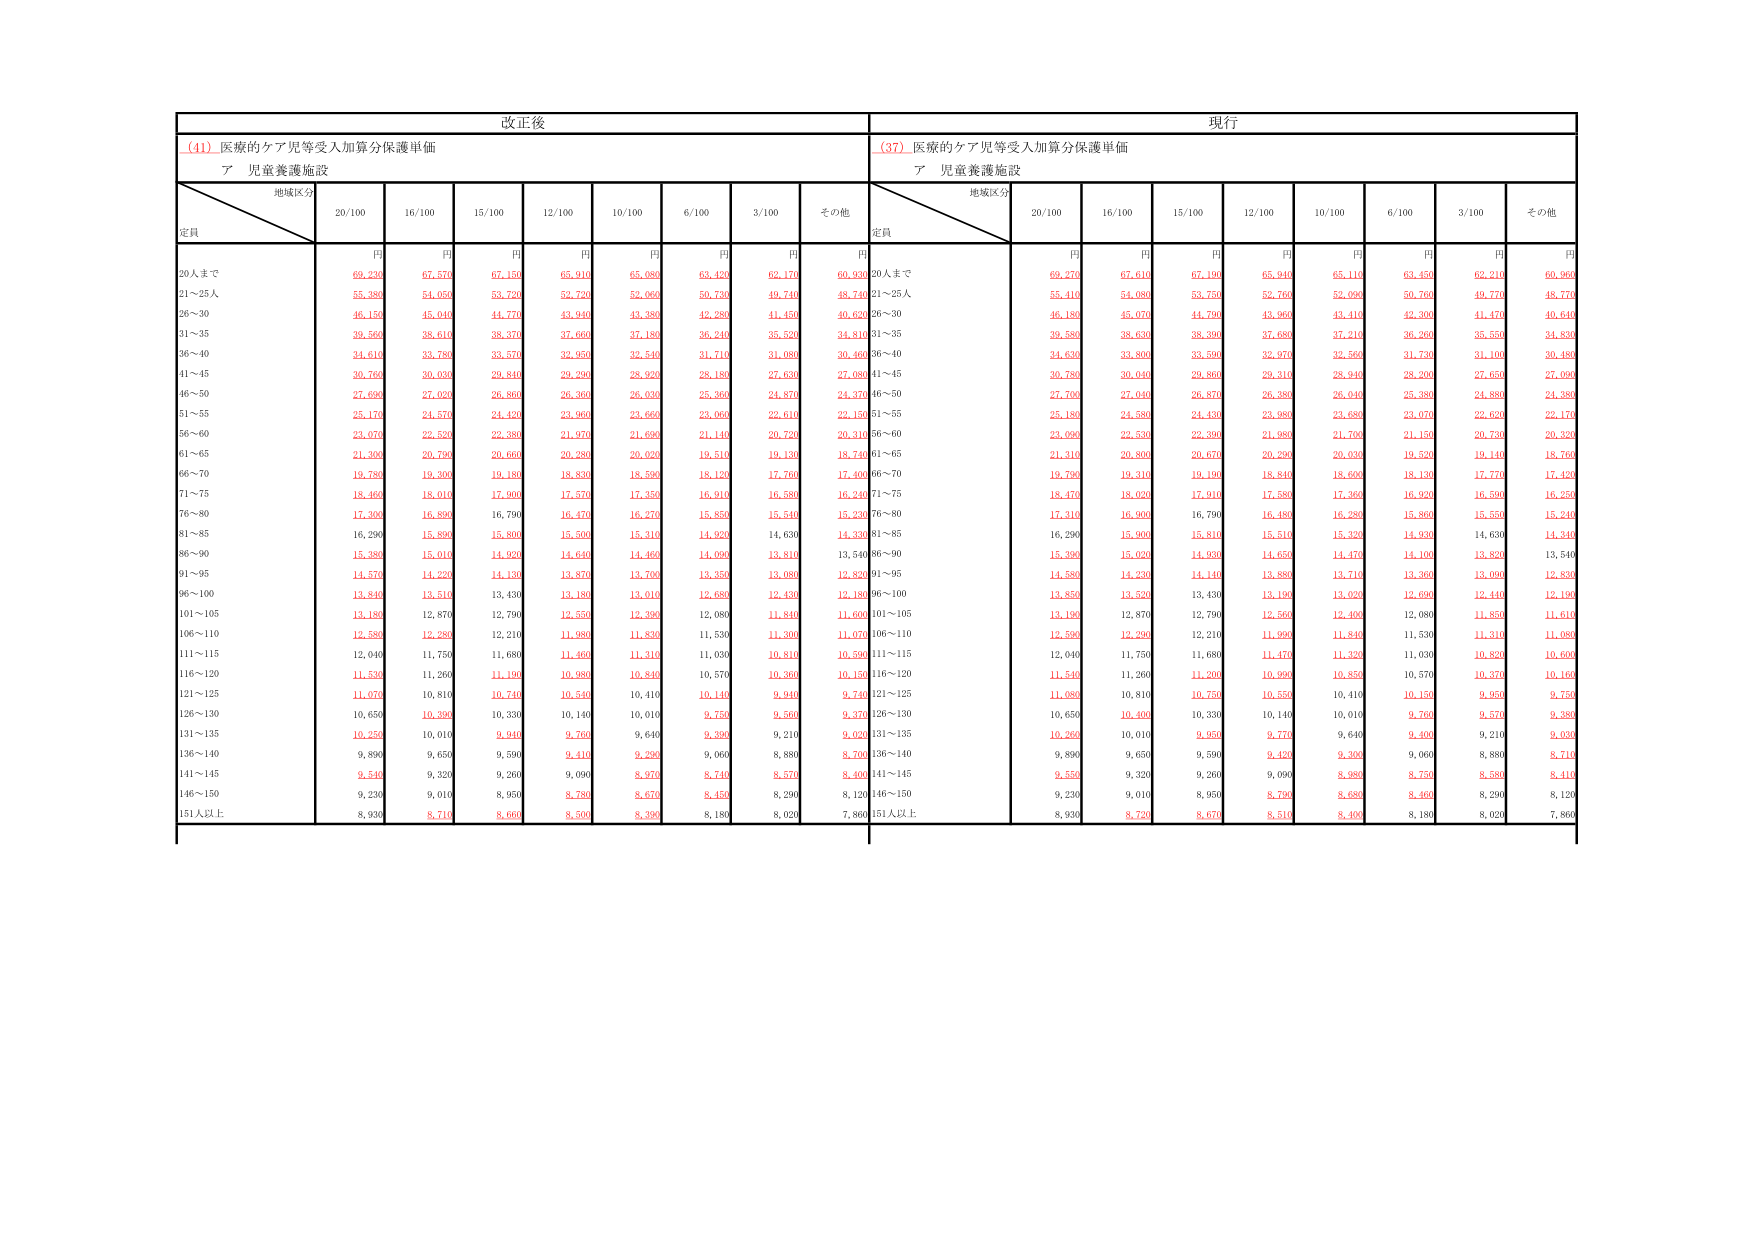
改正後
(41) 医療的ケア児等受入加算分保護単価
ア 児童養護施設
地域区分
定員
20/100
16/100
15/100
12/100
10/100
6/100
3/100
その他
円
円
円
円
円
円
円
円
20人まで
69,230
67,570
67,150
65,910
65,080
63,420
62,170
60,920
21～25人
55,380
54,050
53,720
52,720
52,060
50,730
49,740
48,740
26～30
46,150
45,040
44,770
43,940
43,380
42,280
41,450
40,620
31～35
39,560
38,610
38,370
37,660
37,180
36,240
35,520
34,810
36～40
34,610
33,780
33,570
32,950
32,540
31,710
31,080
30,460
41～45
30,760
30,030
29,840
29,290
28,920
28,180
27,630
27,080
46～50
27,690
27,020
26,860
26,360
26,030
25,360
24,870
24,370
51～55
25,170
24,570
24,420
23,960
23,660
23,060
22,610
22,130
56～60
23,070
22,520
22,380
21,970
21,690
21,140
20,720
20,310
61～65
21,300
20,790
20,660
20,280
20,020
19,510
19,130
18,740
66～70
19,780
19,300
19,180
18,830
18,590
18,120
17,760
17,400
71～75
18,460
18,010
17,900
17,570
17,350
16,910
16,580
16,240
76～80
17,300
16,890
16,790
16,470
16,270
15,850
15,540
15,230
81～85
16,290
15,890
15,800
15,500
15,310
14,920
14,630
14,330
86～90
15,380
15,010
14,920
14,640
14,460
14,090
13,810
13,540
91～95
14,570
14,220
14,130
13,870
13,700
13,350
13,080
12,820
96～100
13,840
13,510
13,430
13,180
13,010
12,680
12,430
12,180
101～105
13,180
12,870
12,790
12,550
12,390
12,080
11,840
11,600
106～110
12,580
12,280
12,210
11,980
11,830
11,530
11,300
11,070
111～115
12,040
11,750
11,680
11,460
11,310
11,030
10,810
10,590
116～120
11,530
11,260
11,190
10,980
10,840
10,570
10,360
10,150
121～125
11,070
10,810
10,740
10,540
10,410
10,140
9,940
9,740
126～130
10,650
10,390
10,330
10,140
10,010
9,750
9,560
9,370
131～135
10,250
10,010
9,940
9,760
9,640
9,390
9,210
9,020
136～140
9,890
9,650
9,590
9,410
9,290
9,060
8,880
8,700
141～145
9,540
9,320
9,260
9,090
8,970
8,740
8,570
8,400
146～150
9,230
9,010
8,950
8,780
8,670
8,450
8,290
8,120
151人以上
8,930
8,710
8,660
8,500
8,390
8,180
8,020
7,860
現行
(37) 医療的ケア児等受入加算分保護単価
ア 児童養護施設
地域区分
定員
20/100
16/100
15/100
12/100
10/100
6/100
3/100
その他
円
円
円
円
円
円
円
円
20人まで
69,270
67,610
67,190
65,940
65,110
63,450
62,210
60,960
21～25人
55,410
54,080
53,750
52,760
52,090
50,760
49,770
48,770
26～30
46,180
45,070
44,790
43,960
43,410
42,300
41,470
40,640
31～35
39,580
38,630
38,390
37,680
37,210
36,260
35,550
34,830
36～40
34,630
33,800
33,590
32,970
32,560
31,730
31,100
30,480
41～45
30,780
30,040
29,860
29,310
28,940
28,200
27,650
27,090
46～50
27,700
27,040
26,870
26,380
26,040
25,380
24,880
24,380
51～55
25,180
24,580
24,430
23,980
23,680
23,070
22,620
22,170
56～60
23,090
22,530
22,390
21,980
21,700
21,150
20,730
20,320
61～65
21,310
20,800
20,670
20,290
20,030
19,520
19,140
18,760
66～70
19,790
19,310
19,190
18,840
18,600
18,130
17,770
17,420
71～75
18,470
18,020
17,910
17,580
17,360
16,920
16,590
16,250
76～80
17,310
16,900
16,790
16,480
16,280
15,860
15,550
15,240
81～85
16,290
15,900
15,810
15,510
15,320
14,930
14,630
14,340
86～90
15,390
15,020
14,930
14,650
14,470
14,100
13,820
13,540
91～95
14,580
14,230
14,140
13,880
13,710
13,360
13,090
12,830
96～100
13,850
13,520
13,430
13,190
13,020
12,690
12,440
12,190
101～105
13,190
12,870
12,790
12,560
12,400
12,080
11,850
11,610
106～110
12,590
12,290
12,210
11,990
11,840
11,530
11,310
11,080
111～115
12,040
11,750
11,680
11,470
11,320
11,030
10,820
10,600
116～120
11,540
11,260
11,200
10,990
10,850
10,570
10,370
10,160
121～125
11,080
10,810
10,750
10,550
10,410
10,150
9,950
9,750
126～130
10,650
10,400
10,330
10,140
10,010
9,760
9,570
9,380
131～135
10,260
10,010
9,950
9,770
9,640
9,400
9,210
9,030
136～140
9,890
9,650
9,590
9,420
9,300
9,060
8,880
8,710
141～145
9,550
9,320
9,260
9,090
8,980
8,750
8,580
8,410
146～150
9,230
9,010
8,950
8,790
8,680
8,460
8,290
8,120
151人以上
8,930
8,720
8,670
8,510
8,400
8,180
8,020
7,860